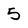
Character: 5